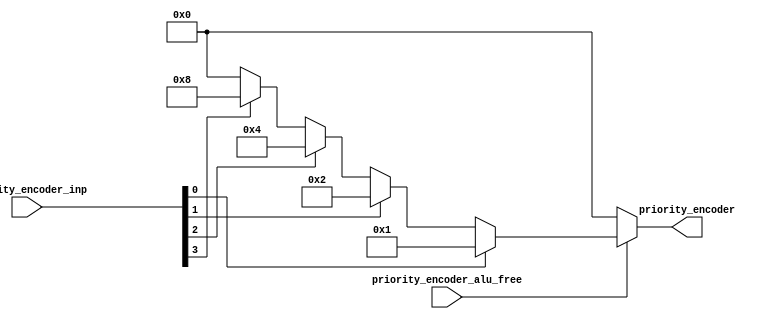
//
// Generated by Bluespec Compiler, version 2014.07.A (build 34078, 2014-07-30)
//
// On Mon Sep 14 23:06:22 IST 2015
//
//
// Ports:
// Name                         I/O  size props
// priority_encoder               O     4
// priority_encoder_inp           I     4
// priority_encoder_alu_free      I     1
//
// Combinational paths from inputs to outputs:
//   (priority_encoder_inp, priority_encoder_alu_free) -> priority_encoder
//
//

`ifdef BSV_ASSIGNMENT_DELAY
`else
  `define BSV_ASSIGNMENT_DELAY
`endif

`ifdef BSV_POSITIVE_RESET
  `define BSV_RESET_VALUE 1'b1
  `define BSV_RESET_EDGE posedge
`else
  `define BSV_RESET_VALUE 1'b0
  `define BSV_RESET_EDGE negedge
`endif

module module_priority_encoder(priority_encoder_inp,
			       priority_encoder_alu_free,
			       priority_encoder);
  // value method priority_encoder
  input  [3 : 0] priority_encoder_inp;
  input  priority_encoder_alu_free;
  output [3 : 0] priority_encoder;

  // signals for module outputs
  wire [3 : 0] priority_encoder;

  // value method priority_encoder
  assign priority_encoder =
	     priority_encoder_alu_free ?
	       (priority_encoder_inp[0] ?
		  4'd1 :
		  (priority_encoder_inp[1] ?
		     4'd2 :
		     (priority_encoder_inp[2] ?
			4'd4 :
			(priority_encoder_inp[3] ? 4'd8 : 4'd0)))) :
	       4'd0 ;
endmodule  // module_priority_encoder